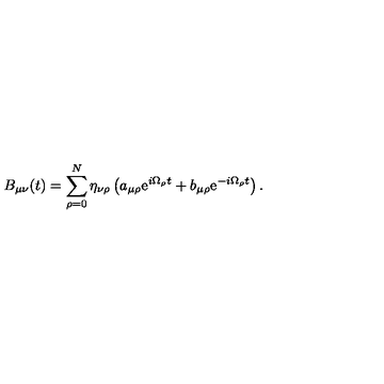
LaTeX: B _ { \mu \nu } ( t ) = \sum _ { \rho = 0 } ^ { N } \eta _ { \nu \rho } \left( a _ { \mu \rho } \mathrm { e } ^ { i \Omega _ { \rho } t } + b _ { \mu \rho } \mathrm { e } ^ { - i \Omega _ { \rho } t } \right) .